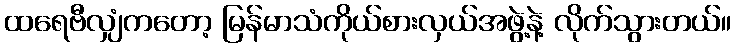
ထရေဗီလျှံကတော့ မြန်မာသံကိုယ်စားလှယ်အဖွဲ့နဲ့ လိုက်သွားတယ်။